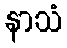
နာသံ